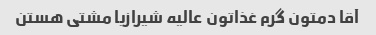
آقا دمتون گرم غذاتون عالیه شیرازیا مشتی هستن